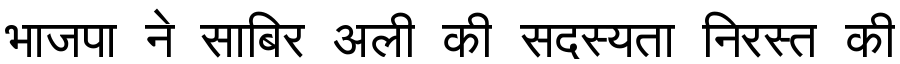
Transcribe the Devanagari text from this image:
भाजपा ने साबिर अली की सदस्यता निरस्त की